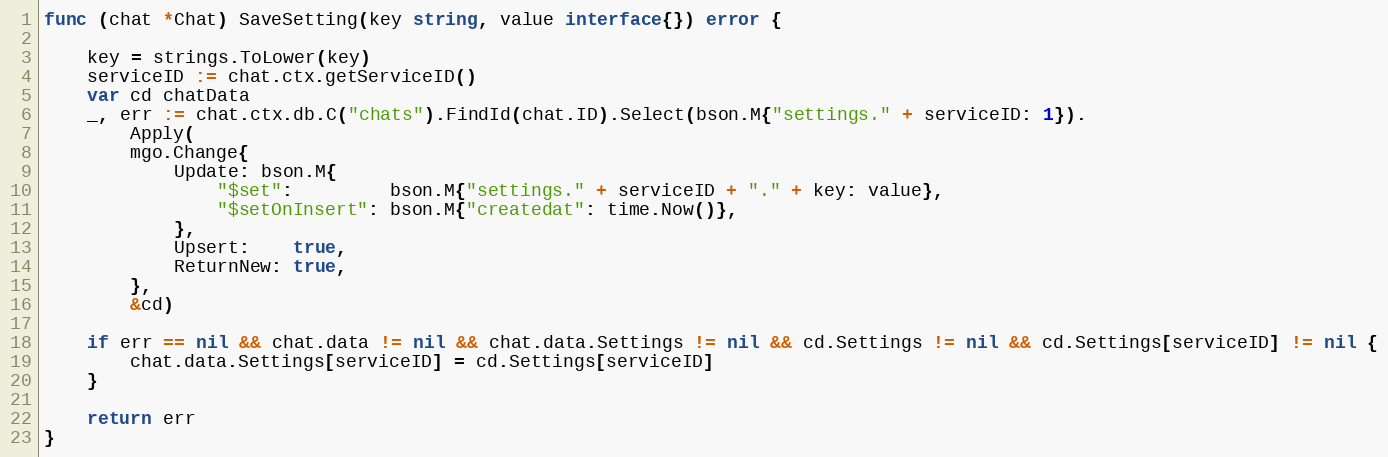
Language: Go
func (chat *Chat) SaveSetting(key string, value interface{}) error {

	key = strings.ToLower(key)
	serviceID := chat.ctx.getServiceID()
	var cd chatData
	_, err := chat.ctx.db.C("chats").FindId(chat.ID).Select(bson.M{"settings." + serviceID: 1}).
		Apply(
		mgo.Change{
			Update: bson.M{
				"$set":         bson.M{"settings." + serviceID + "." + key: value},
				"$setOnInsert": bson.M{"createdat": time.Now()},
			},
			Upsert:    true,
			ReturnNew: true,
		},
		&cd)

	if err == nil && chat.data != nil && chat.data.Settings != nil && cd.Settings != nil && cd.Settings[serviceID] != nil {
		chat.data.Settings[serviceID] = cd.Settings[serviceID]
	}

	return err
}